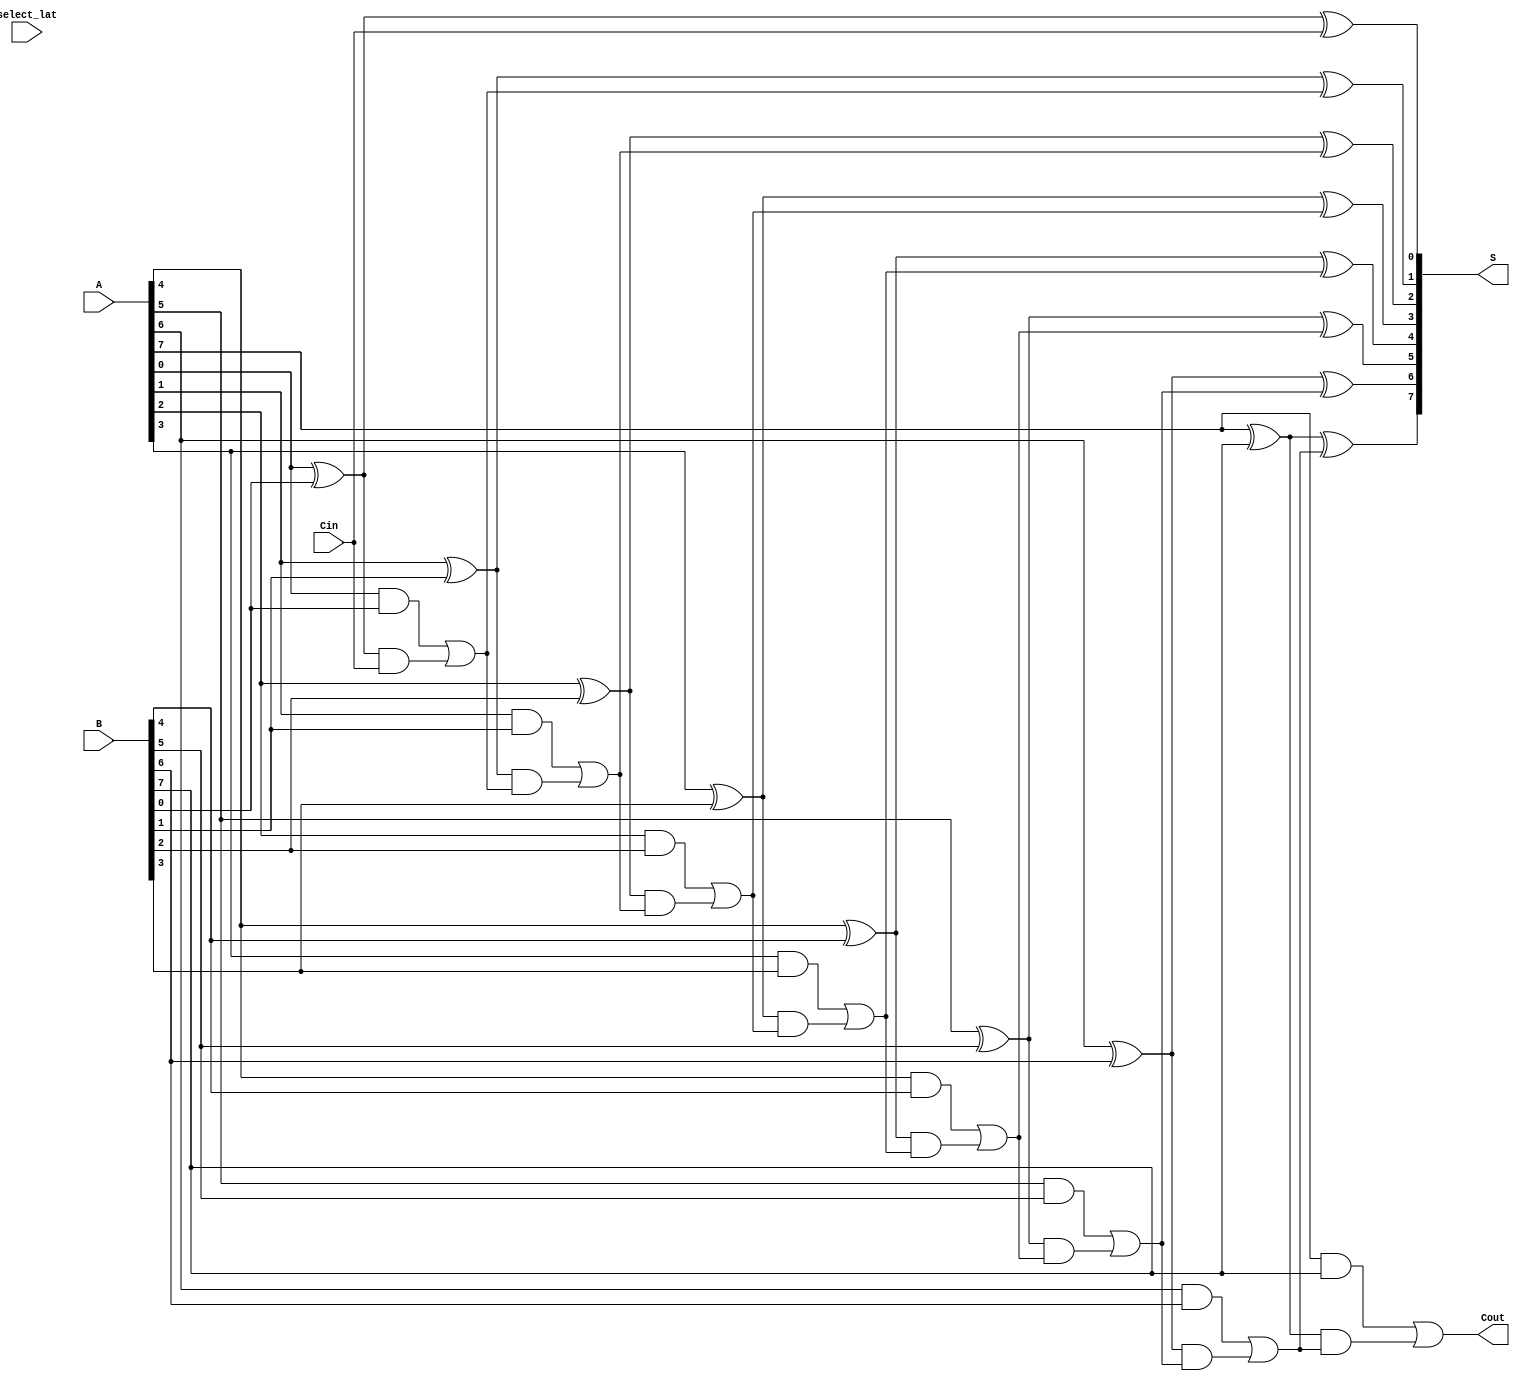
module VLCLA #(
    parameter N = 8 // Size of the binary numbers
)(
    input  [N-1:0] A,   // Input A
    input  [N-1:0] B,   // Input B
    input           Cin,  // Carry-in
    input           select_lat, // Control signal for variable latency
    output [N-1:0] S,   // Sum Output
    output          Cout  // Carry-out
);
    
    wire [N-1:0] P; // Propagate signals
    wire [N-1:0] G; // Generate signals
    wire [N:0] C;   // Carry signals
    
    // Generate Propagate and Generate Signals
    genvar i;
    generate
        for (i = 0; i < N; i = i + 1) begin: generate_pg
            assign P[i] = A[i] ^ B[i]; // Propagate
            assign G[i] = A[i] & B[i]; // Generate
        end
    endgenerate
    
    // Carry Generation using Carry Lookahead Logic
    assign C[0] = Cin; // Initial Carry-in
    
    generate
        for (i = 0; i < N; i = i + 1) begin: carry_gen
            // Carry calculations
            if (i == 0) begin
                assign C[i + 1] = G[i] | (P[i] & C[i]);
            end else if (i < N/2) begin // Level 1
                assign C[i + 1] = G[i] | (P[i] & C[i]);
            end else begin // Level 2
                assign C[i + 1] = G[i] | (P[i] & C[i]);
            end
        end
    endgenerate

    // Sum Calculation
    generate
        for (i = 0; i < N; i = i + 1) begin: sum_calculation
            assign S[i] = P[i] ^ C[i]; // Sum bits based on Propagate and Carry
        end
    endgenerate
    
    // Final Carry-out
    assign Cout = C[N]; // Carry-out for the adder

endmodule